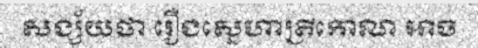
សង្ស័យថា រឿងស្នេហាត្រីកោណ អាច